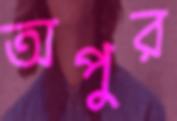
অপুর